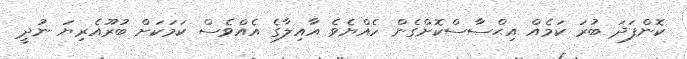
ކޮންފަދަ ބުރަ ކަމެއް އިޙްސާސްކޮށްގެން ހެއްޔެވެ އާއިލާގެ އެއްވެސް ކަމަކަށް ބުރޫއެރިޔަ ނުދީ